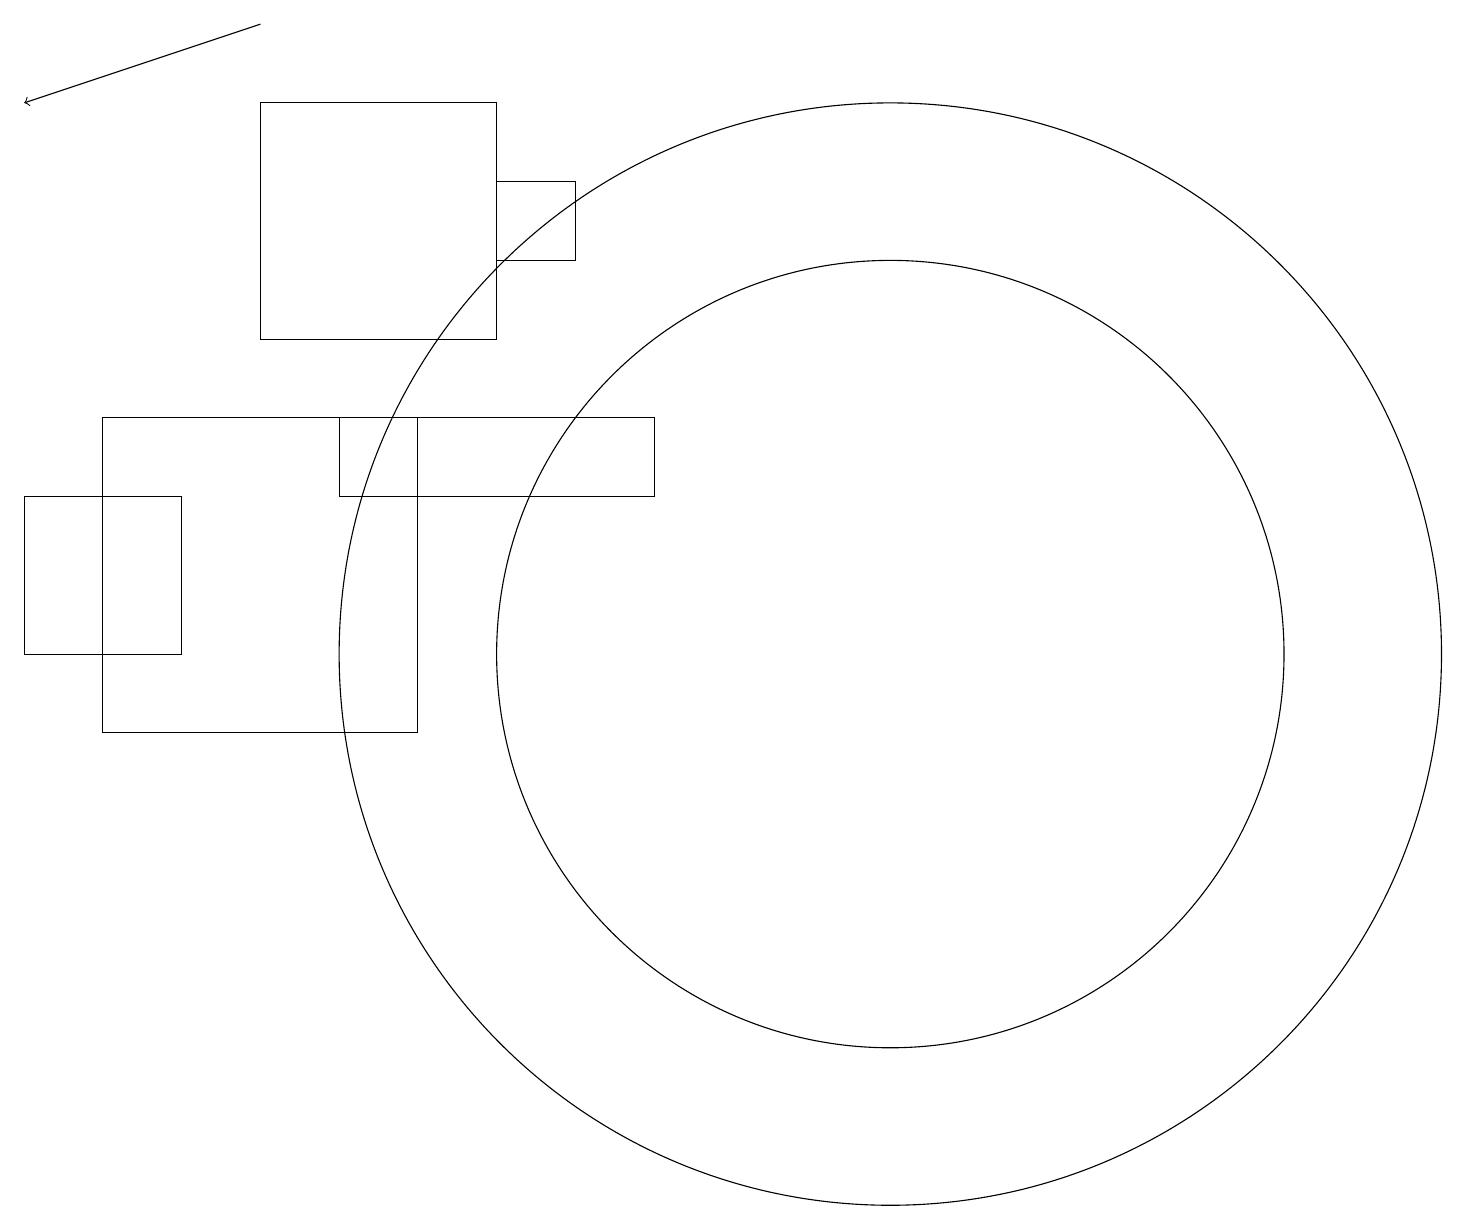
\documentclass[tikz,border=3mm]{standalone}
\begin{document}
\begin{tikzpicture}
\draw (6,18) rectangle (3,15);
\draw (6,17) rectangle (7,16);
\draw (0,11) rectangle (2,13);
\draw (11,11) circle (7);
\draw (1,14) rectangle (5,10);
\draw (11,11) circle (5);
\draw[->] (3,19) -- (0,18);
\draw (8,14) rectangle (4,13);
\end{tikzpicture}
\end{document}